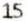
15